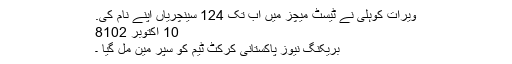
ویرات کوہلی نے ٹیسٹ میچز میں اب تک 124 سینچریاں اپنے نام کی.
10 اکتوبر‬‮ 2018
بریکنگ نیوز پاکستانی کرکٹ ٹیم کو سپر مین مل گیا ۔